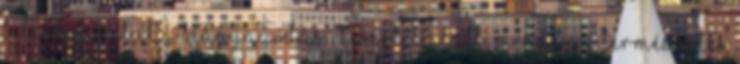
fele elpusztul a beágyazódási kísérlet alatt. Mindez a természetes